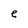
Character: e